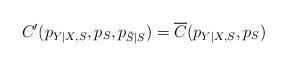
LaTeX: \begin{align*}C'(p_{Y|X,S},p_S,p_{\tilde{S}|S})=\overline{C}(p_{Y|X,S},p_S)\end{align*}